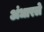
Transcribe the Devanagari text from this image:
अंधारले